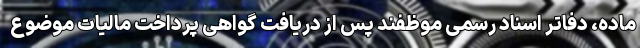
ماده، دفاتر اسناد رسمی موظفند پس از دریافت گواهی پرداخت مالیات موضوع